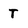
Character: T